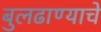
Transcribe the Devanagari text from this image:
बुलढाण्याचे